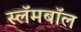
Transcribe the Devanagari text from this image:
स्लॅमबॉल